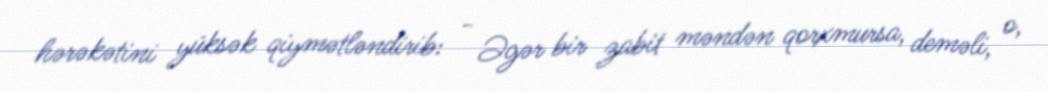
hərəkətini yüksək qiymətləndirib: - Əgər bir zabit məndən qorxmursa, deməli, o,